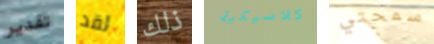
تقدير لقد ذلك كلاسيكية سمحتي